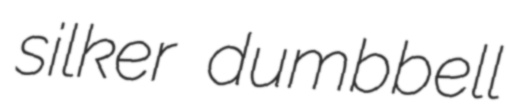
silker dumbbell